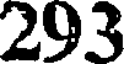
293